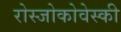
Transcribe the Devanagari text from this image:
रोस्‍जोकोवेस्‍की